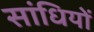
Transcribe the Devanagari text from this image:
सांधियों